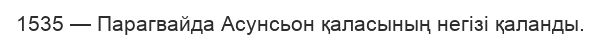
1535 — Парагвайда Асунсьон қаласының негізі қаланды.